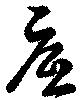
？